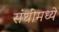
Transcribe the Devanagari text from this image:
संघींमध्ये